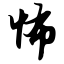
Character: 怖